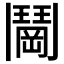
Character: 𬴰